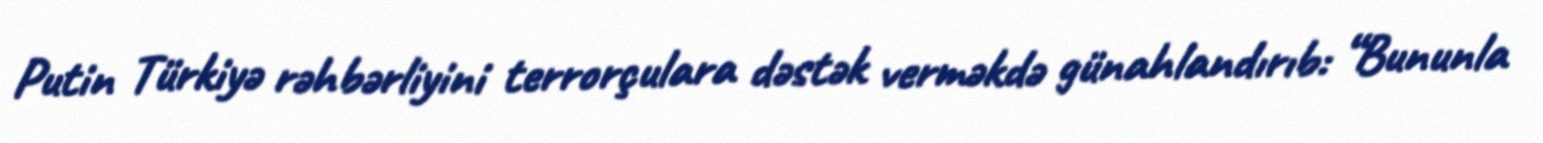
Putin Türkiyə rəhbərliyini terrorçulara dəstək verməkdə günahlandırıb: “Bununla